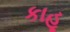
કાહૂ